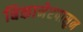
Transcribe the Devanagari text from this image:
बिकानेरपासुन